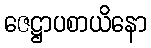
ဇေဋ္ဌာပစာယိနော